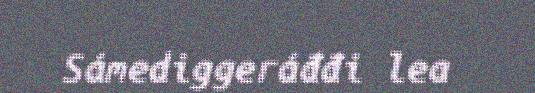
Sámediggeráđđi lea